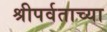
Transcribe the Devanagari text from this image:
श्रीपर्वताच्या